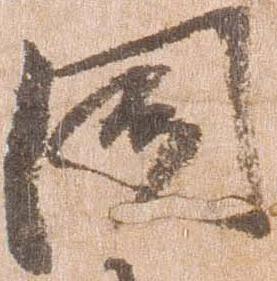
聞